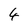
Character: 4